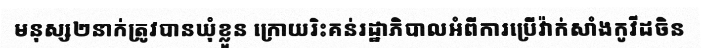
មនុស្ស២នាក់ត្រូវបានឃុំខ្លួន ក្រោយរិះគន់រដ្ឋាភិបាលអំពីការប្រើវ៉ាក់សាំងកូវីដចិន